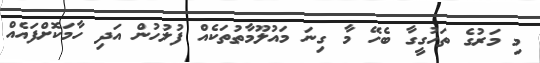
މި މަރުގެ ތަހުގީގާ ބެހޭ މާ ގިނަ މައުލޫމާތުތަކެއް ފުލުހުން އަދި ހާމަކޮށްފައެއް